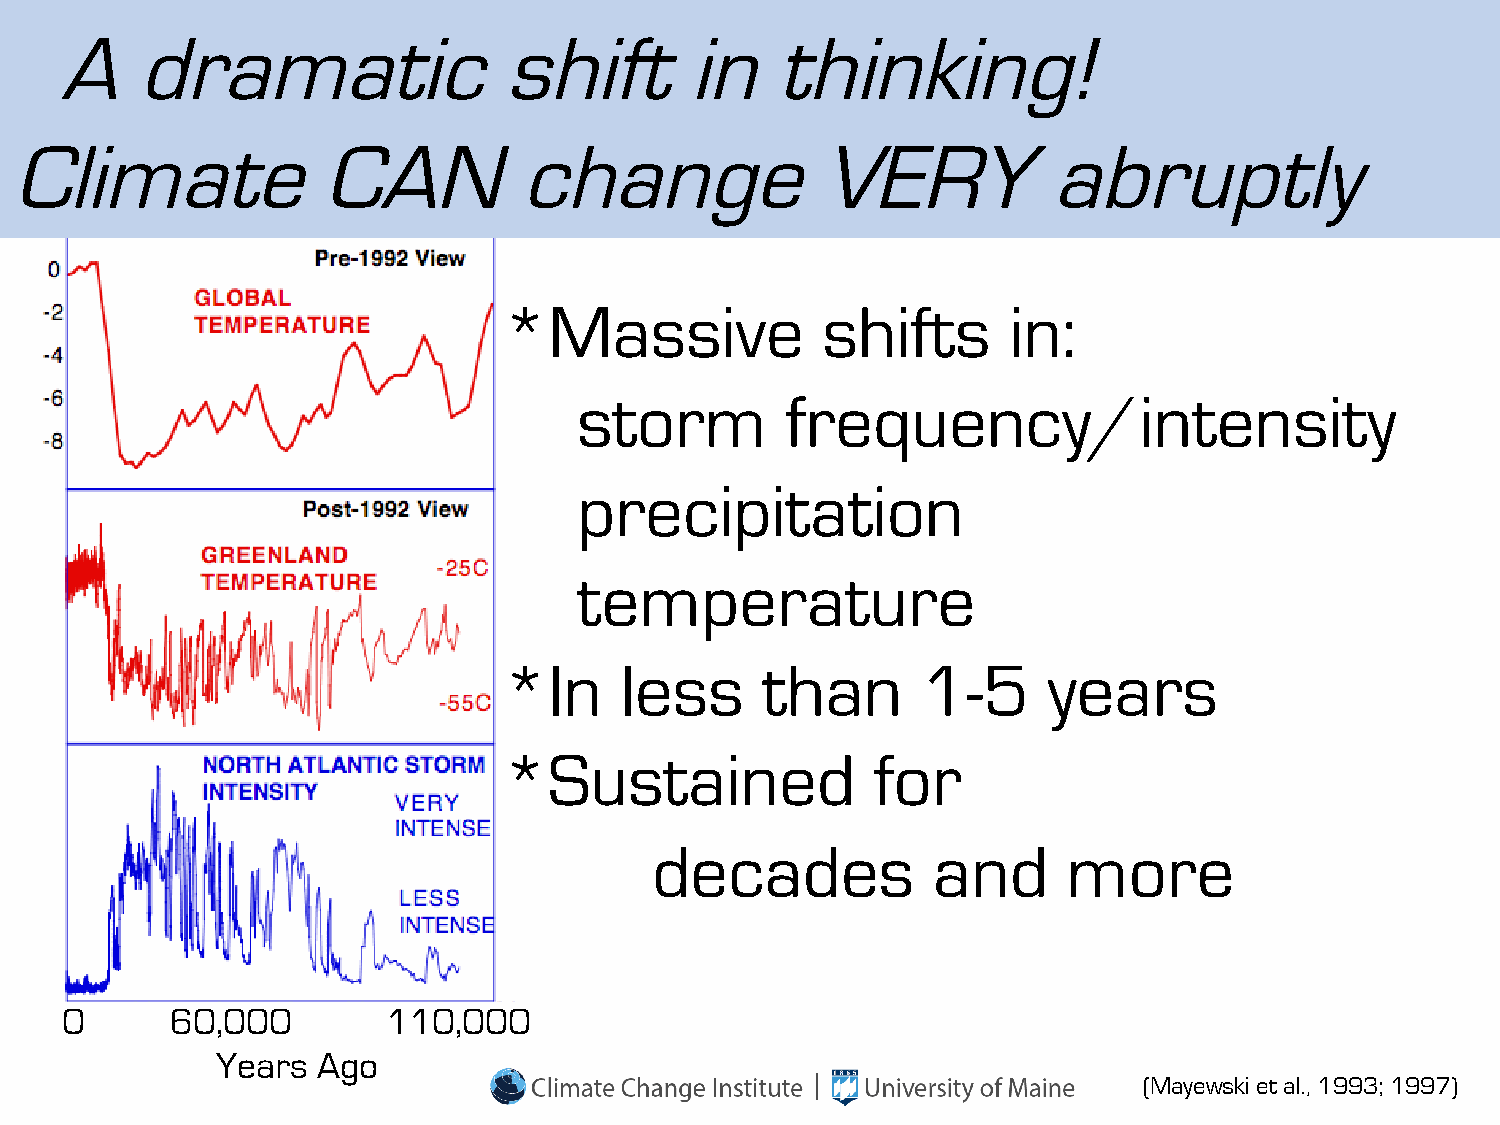
A    dramatic                shift       in    thinking!
 Climate             CAN          change              VERY           abruptly
 *Massive             shifts       in:
 storm         frequency/intensity
 precipitation
 temperature
 *In     less     than       1-5     years
 *Sustained               for
 decades            and      more
 0      60,000         110,000
 Years  Ago
 (Mayewski et al., 1993; 1997)